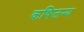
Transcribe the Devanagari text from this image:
कषिजन्य